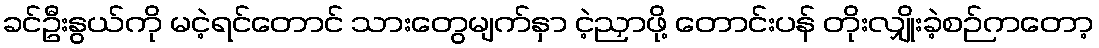
ခင်ဦးနွယ်ကို မငဲ့ရင်တောင် သားတွေမျက်နှာ ငဲ့ညှာဖို့ တောင်းပန် တိုးလျှိုးခဲ့စဉ်ကတော့